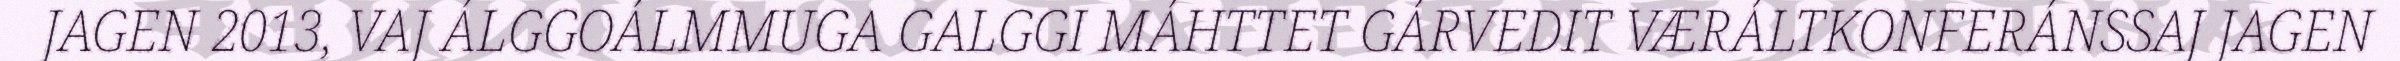
JAGEN 2013, VAJ ÁLGGOÁLMMUGA GALGGI MÁHTTET GÁRVEDIT VÆRÁLTKONFERÁNSSAJ JAGEN